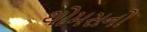
થોમસનો